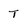
Character: T